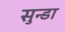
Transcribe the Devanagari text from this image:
सुन्डा